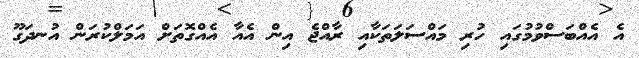
އެ އެއްބަސްވުމުގައި ހުރި މައްސަލަތަކާއި ރާއްޖެ އިން އެއާ އެއްގޮތަށް އަމަލްކުރަން އުނދަގޫ